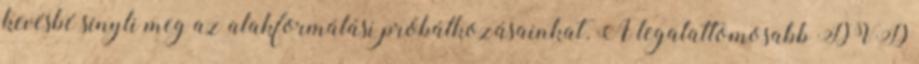
kevésbé sínyli meg az alakformálási próbálkozásainkat. A legalattomosabb DVD